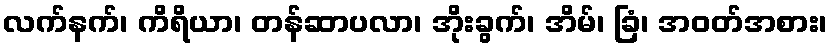
လက်နက်၊ ကိရိယာ၊ တန်ဆာပလာ၊ အိုးခွက်၊ အိမ်၊ ခြံ၊ အဝတ်အစား၊